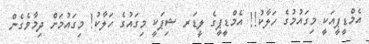
އެމްޑީޕީއަކީ މިގައުމުގެ ހަލާކު!! އެމްޑީޕީގެ ލީޑަރ ޝިޕަކީ މިގައުގެ ހަލާކު! މިގައުމަށް ދިމާވެގެން